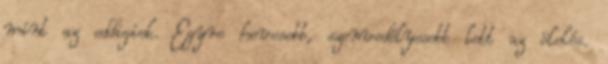
mint az eddigiek. Egyre hevesebb, szenvedélyesebb lett az ölelés.